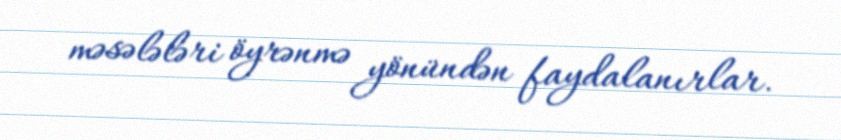
məsələləri öyrənmə yönündən faydalanırlar.